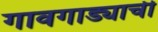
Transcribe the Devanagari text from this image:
गावगाड्याची